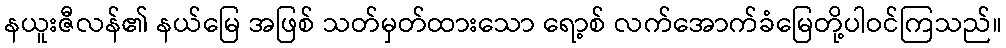
နယူးဇီလန်၏ နယ်မြေ အဖြစ် သတ်မှတ်ထားသော ရော့စ် လက်အောက်ခံမြေတို့ပါဝင်ကြသည်။